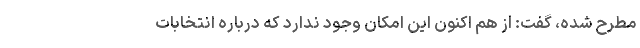
مطرح شده، گفت: از هم اکنون این امکان وجود ندارد که درباره انتخابات